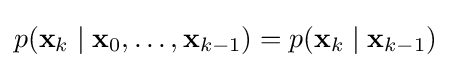
p(\mathbf {x} _{k}\mid \mathbf {x} _{0},\dots ,\mathbf {x} _{k-1})=p(\mathbf {x} _{k}\mid \mathbf {x} _{k-1})